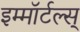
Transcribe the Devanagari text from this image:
इम्मॉर्टल्स्